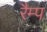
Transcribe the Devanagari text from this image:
रैम्‍प